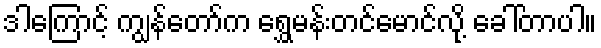
ဒါကြောင့် ကျွန်တော်က ရွှေမန်းတင်မောင်လို့ ခေါ်တာပါ။